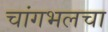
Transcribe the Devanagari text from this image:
चांगभलचा